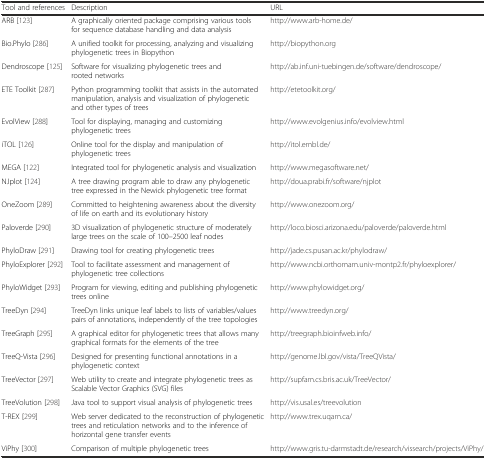
<table><thead><tr><td><b>Tool and references</b></td><td><b>Description</b></td><td><b>URL</b></td></tr></thead><tbody><tr><td>ARB [123]</td><td>A graphically oriented package comprising various tools for sequence database handling and data analysis</td><td>http://www.arb-home.de/</td></tr><tr><td>Bio.Phylo [286]</td><td>A unified toolkit for processing, analyzing and visualizing phylogenetic trees in Biopython</td><td>http://biopython.org</td></tr><tr><td>Dendroscope [125]</td><td>Software for visualizing phylogenetic trees and rooted networks</td><td>http://ab.inf.uni-tuebingen.de/software/dendroscope/</td></tr><tr><td>ETE Toolkit [287]</td><td>Python programming toolkit that assists in the automated manipulation, analysis and visualization of phylogenetic and other types of trees</td><td>http://etetoolkit.org/</td></tr><tr><td>EvolView [288]</td><td>Tool for displaying, managing and customizing phylogenetic trees</td><td>http://www.evolgenius.info/evolview.html</td></tr><tr><td>iTOL [126]</td><td>Online tool for the display and manipulation of phylogenetic trees</td><td>http://itol.embl.de/</td></tr><tr><td>MEGA [122]</td><td>Integrated tool for phylogenetic analysis and visualization</td><td>http://www.megasoftware.net/</td></tr><tr><td>NJplot [124]</td><td>A tree drawing program able to draw any phylogenetic tree expressed in the Newick phylogenetic tree format</td><td>http://doua.prabi.fr/software/njplot</td></tr><tr><td>OneZoom [289]</td><td>Committed to heightening awareness about the diversity of life on earth and its evolutionary history</td><td>http://www.onezoom.org/</td></tr><tr><td>Paloverde [290]</td><td>3D visualization of phylogenetic structure of moderately large trees on the scale of 100–2500 leaf nodes</td><td>http://loco.biosci.arizona.edu/paloverde/paloverde.html</td></tr><tr><td>PhyloDraw [291]</td><td>Drawing tool for creating phylogenetic trees</td><td>http://jade.cs.pusan.ac.kr/phylodraw/</td></tr><tr><td>PhyloExplorer [292]</td><td>Tool to facilitate assessment and management of phylogenetic tree collections</td><td>http://www.ncbi.orthomam.univ-montp2.fr/phyloexplorer/</td></tr><tr><td>PhyloWidget [293]</td><td>Program for viewing, editing and publishing phylogenetic trees online</td><td>http://www.phylowidget.org/</td></tr><tr><td>TreeDyn [294]</td><td>TreeDyn links unique leaf labels to lists of variables/values pairs of annotations, independently of the tree topologies</td><td>http://www.treedyn.org/</td></tr><tr><td>TreeGraph [295]</td><td>A graphical editor for phylogenetic trees that allows many graphical formats for the elements of the tree</td><td>http://treegraph.bioinfweb.info/</td></tr><tr><td>TreeQ-Vista [296]</td><td>Designed for presenting functional annotations in a phylogenetic context</td><td>http://genome.lbl.gov/vista/TreeQVista/</td></tr><tr><td>TreeVector [297]</td><td>Web utility to create and integrate phylogenetic trees as Scalable Vector Graphics (SVG) files</td><td>http://supfam.cs.bris.ac.uk/TreeVector/</td></tr><tr><td>TreeVolution [298]</td><td>Java tool to support visual analysis of phylogenetic trees</td><td>http://vis.usal.es/treevolution</td></tr><tr><td>T-REX [299]</td><td>Web server dedicated to the reconstruction of phylogenetic trees and reticulation networks and to the inference of horizontal gene transfer events</td><td>http://www.trex.uqam.ca/</td></tr><tr><td>ViPhy [300]</td><td>Comparison of multiple phylogenetic trees</td><td>http://www.gris.tu-darmstadt.de/research/vissearch/projects/ViPhy/</td></tr></tbody></table>